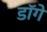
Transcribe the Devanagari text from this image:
डॉगे